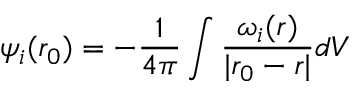
\psi _ { i } ( \boldsymbol { r _ { 0 } } ) = - \frac { 1 } { 4 \pi } \int \frac { \omega _ { i } ( \boldsymbol { r } ) } { | \boldsymbol { r _ { 0 } } - \boldsymbol { r } | } d V